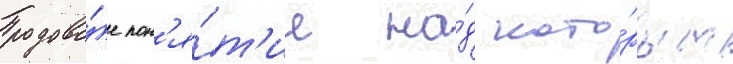
родово́е пон'я́т'ие на́д кото́рым